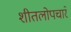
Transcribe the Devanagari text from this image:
शीतलोपचारे